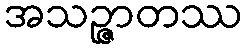
အသဉ္ဇာတဿ